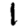
Digit: 1